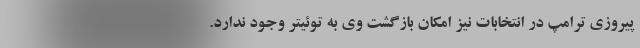
پیروزی ترامپ در انتخابات نیز امکان بازگشت وی به توئیتر وجود ندارد.